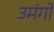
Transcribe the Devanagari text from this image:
उमंगो